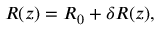
\begin{array} { r } { R ( z ) = R _ { 0 } + \delta R ( z ) , } \end{array}